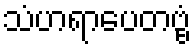
သံဟရာပေတဗ္ဗံ